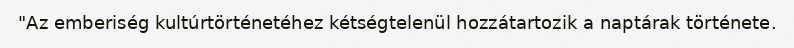
"Az emberiség kultúrtörténetéhez kétségtelenül hozzátartozik a naptárak története.